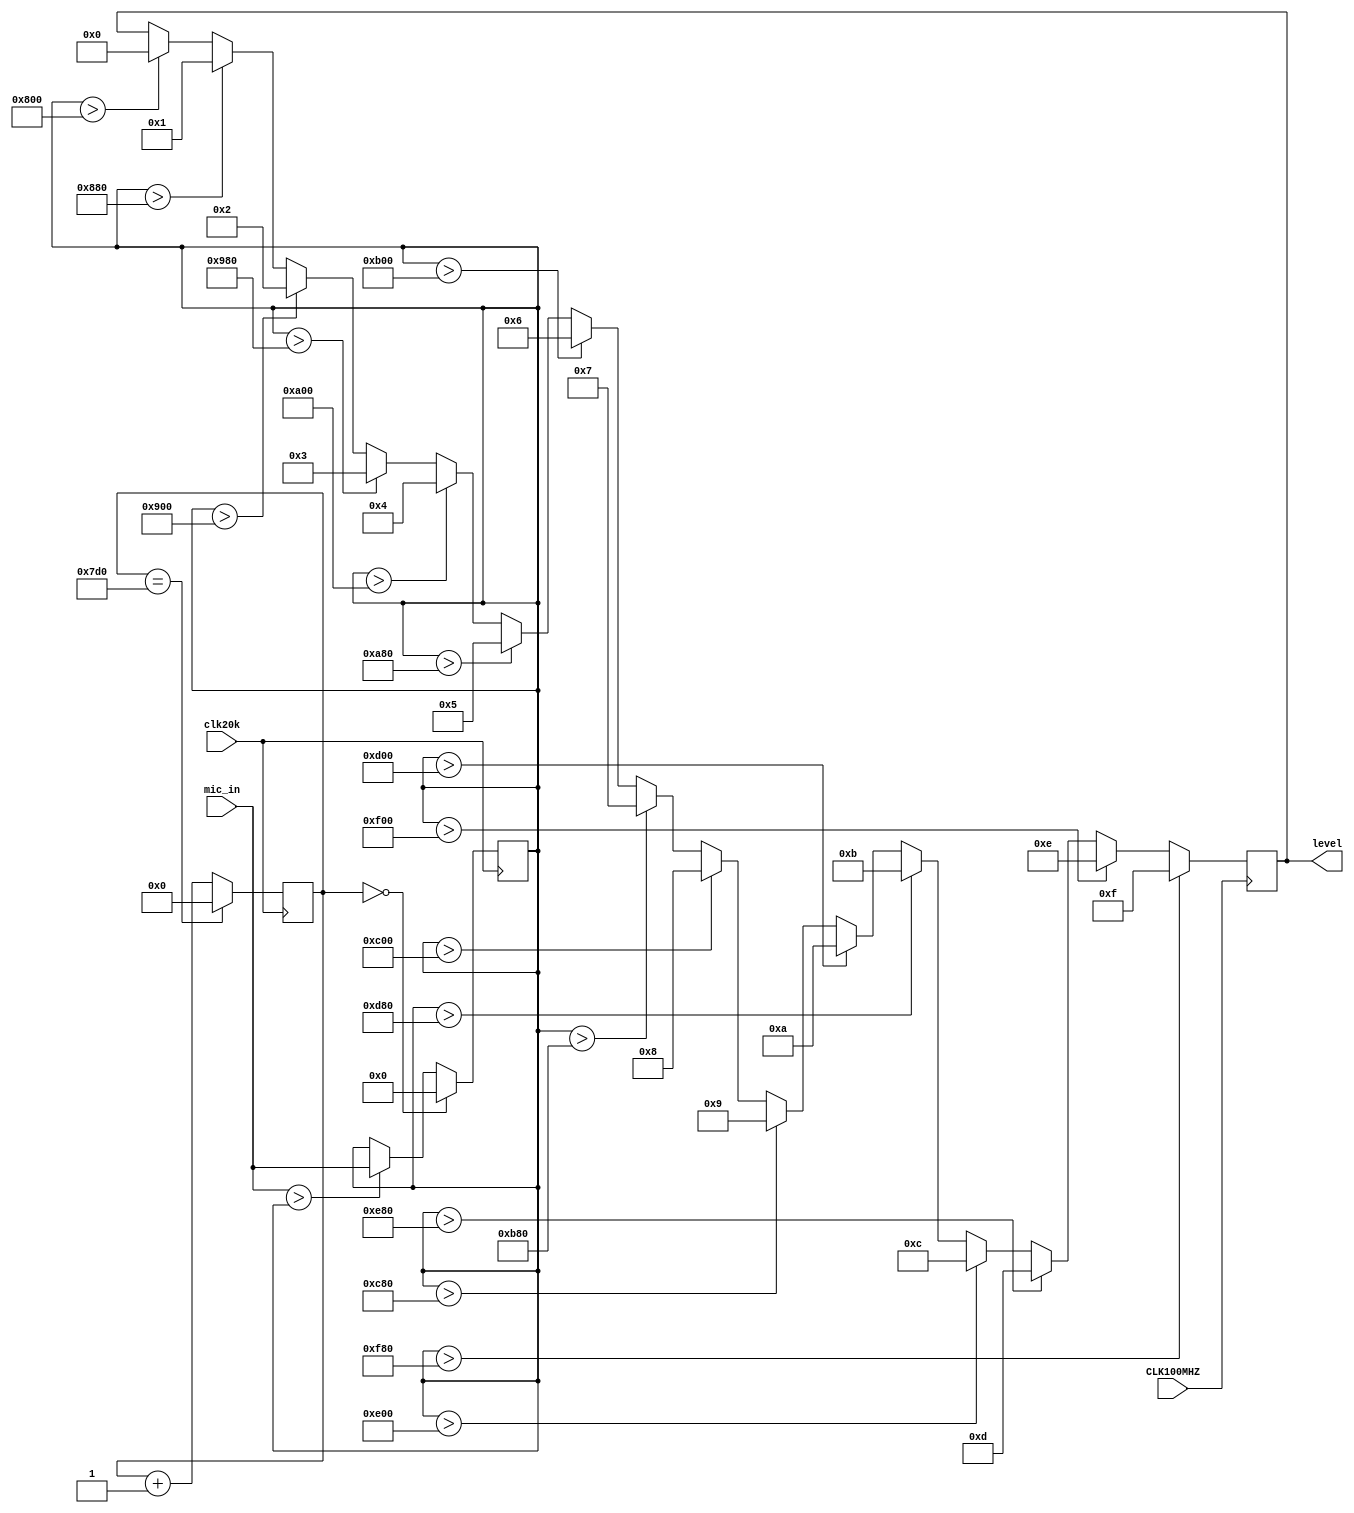
`timescale 1ns / 1ps
//////////////////////////////////////////////////////////////////////////////////
// Company: 
// Engineer: 
// 
// Design Name: 
// Module Name: slowmax
// Project Name: 
// Target Devices: 
// Tool Versions: 
// Description: 
// 
// Dependencies: 
// 
// Revision:
// Revision 0.01 - File Created
// Additional Comments:
// 
//////////////////////////////////////////////////////////////////////////////////


module slowmax(
    input CLK100MHZ,
    input clk20k,
    input [11:0] mic_in,
    output reg [3:0] level
    );
    
    reg [23:0] COUNT24 = 0;
    reg [11:0] max = 0;
    reg [11:0] final = 0;
    
    always @ (posedge CLK100MHZ) begin
        if (max > (2**11)) begin level <= 0; end              
        if (max > (2**11 + 2**7)) begin level <= 1; end       
        if (max > (2**11 + (2**7)*2)) begin level <= 2; end   
        if (max > (2**11 + (2**7)*3)) begin level <= 3; end   
        if (max > (2**11 + (2**7)*4)) begin level <= 4; end   
        if (max > (2**11 + (2**7)*5)) begin level <= 5; end   
        if (max > (2**11 + (2**7)*6)) begin level <= 6; end   
        if (max > (2**11 + (2**7)*7)) begin level <= 7; end   
        if (max > (2**11 + (2**7)*8)) begin level <= 8; end   
        if (max > (2**11 + (2**7)*9)) begin level <= 9; end   
        if (max > (2**11 + (2**7)*10)) begin level <= 10; end 
        if (max > (2**11 + (2**7)*11)) begin level <= 11; end 
        if (max > (2**11 + (2**7)*12)) begin level <= 12; end 
        if (max > (2**11 + (2**7)*13)) begin level <= 13; end 
        if (max > (2**11 + (2**7)*14)) begin level <= 14; end 
        if (max > (2**11 + (2**7)*15)) begin level <= 15; end 
    end
    
    always @ (posedge clk20k) begin                              
        COUNT24 <= (COUNT24 == 2000) ? 0 : COUNT24 + 1;
          
        if (COUNT24 == 0) begin
            max <= 0;
        end   
               
        else begin
            max <= (mic_in > max) ? mic_in : max;
        end  
        
        final <= (COUNT24 == 0) ? max : final;                    
    end                                                          
endmodule